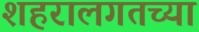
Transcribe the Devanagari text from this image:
शहरालगतच्या